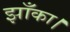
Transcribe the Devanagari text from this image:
झाँका।